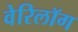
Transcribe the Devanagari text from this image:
वेरिलॉग